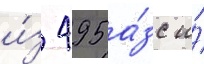
и́з 495 а́зс и́